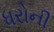
ધરોની